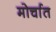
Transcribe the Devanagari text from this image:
मोर्चात